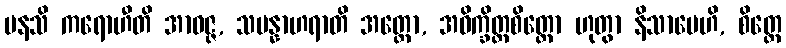
မနသိ ကရောဟီတိ အာဝဇ္ဇ, သမန္နာဟရာတိ အတ္ထော, အဝိက္ခိတ္တစိတ္တော ဟုတွာ နိသာမေဟိ, စိတ္တေ